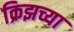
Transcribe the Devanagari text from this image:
क्रिझच्या